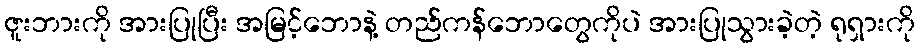
ဇူးဘားကို အားပြုပြီး အမြင့်ဘောနဲ့ တည်ကန်ဘောတွေကိုပဲ အားပြုသွားခဲ့တဲ့ ရုရှားကို